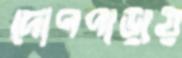
দোপপাড়ায়